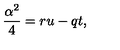
\frac { \alpha ^ { 2 } } { 4 } = r u - q t ,